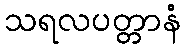
သရလပတ္တာနံ